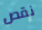
نقص